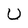
Character: u